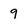
Character: 9